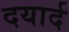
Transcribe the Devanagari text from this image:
दयार्द